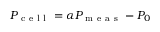
P _ { \mathrm { ~ c ~ e ~ l ~ l ~ } } = \alpha P _ { \mathrm { ~ m ~ e ~ a ~ s ~ } } - P _ { 0 }